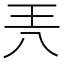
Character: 兲